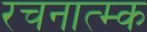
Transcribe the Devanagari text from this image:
रचनात्म्क